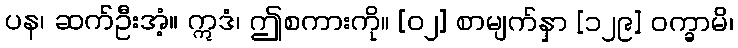
ပန၊ ဆက်ဦးအံ့။ ဣဒံ၊ ဤစကားကို။ [၀၂] စာမျက်နှာ [၁၂၉] ဝက္ခာမိ၊